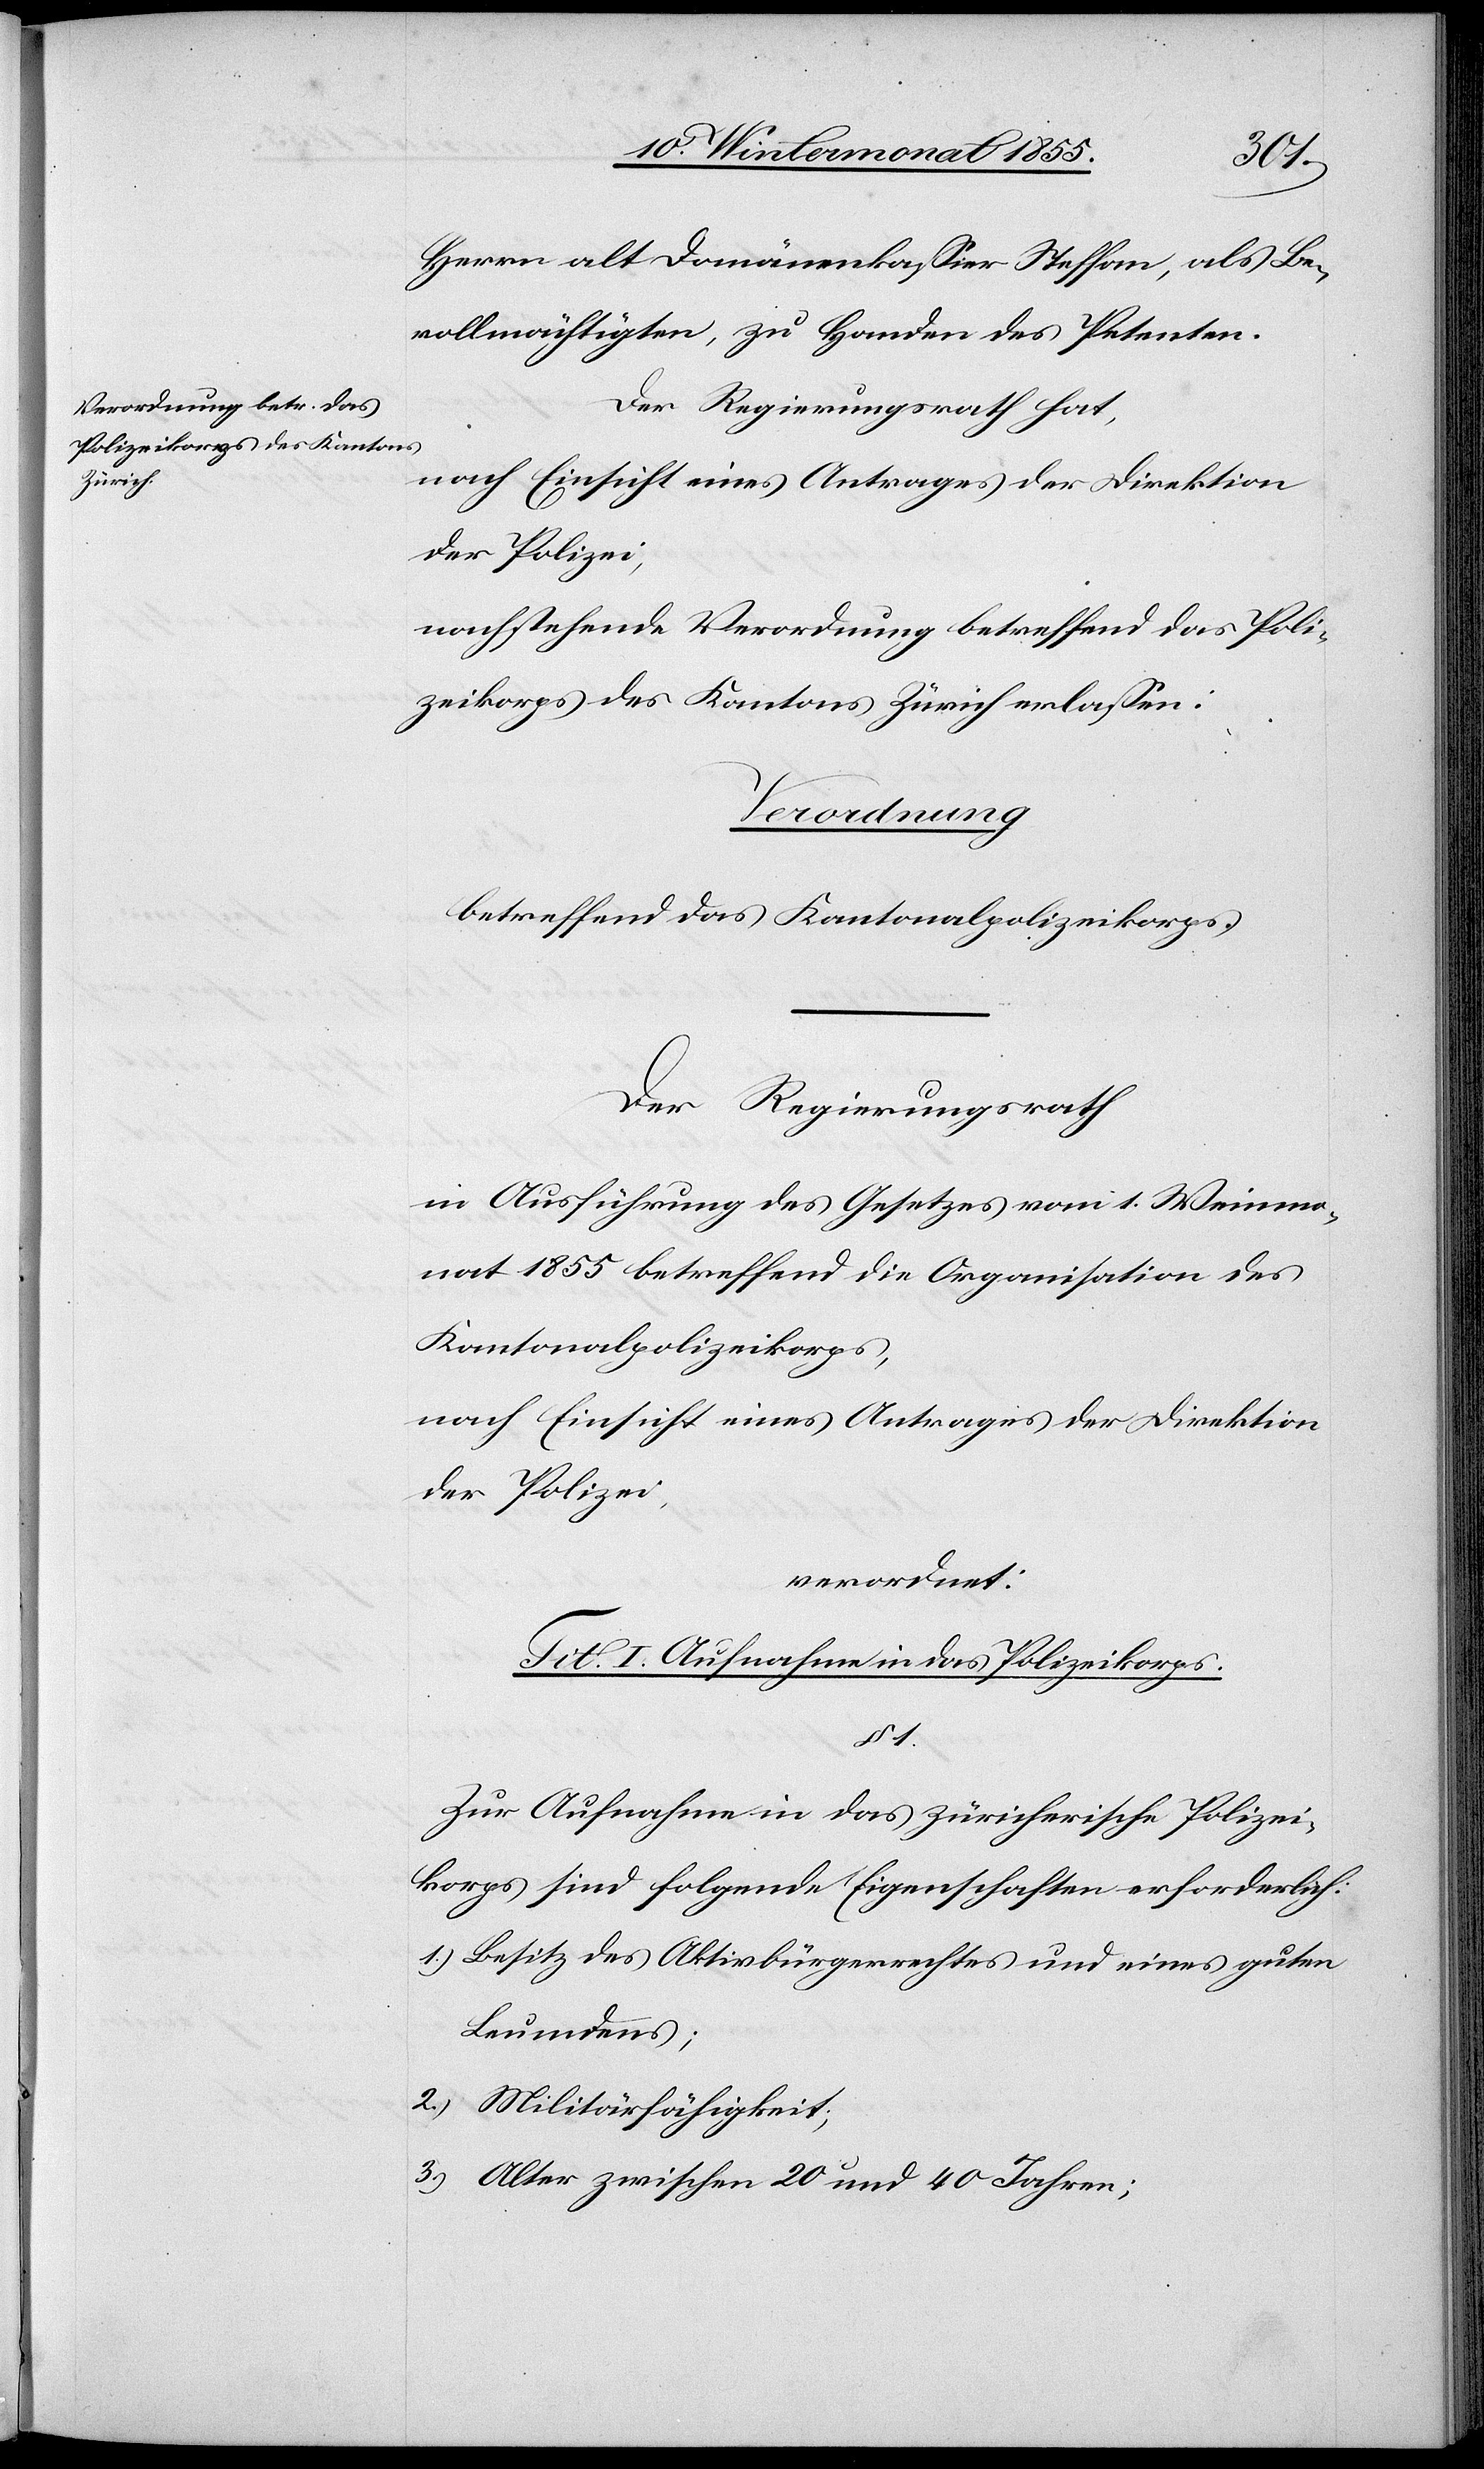
_____

Herrn alt Domänenkassier Steffan, als Be¬
vollmächtigten, zu Handen des Petenten.
Der Regierungsrath hat,
nach Einsicht eines Antrages der Direktion
der Polizei,
nachstehende Verordnung betreffend das Poli¬
zeikorps des Kantons Zürich erlassen:
Verordnung
betreffend das Kantonalpolizeikorps.
Der Regierungsrath
in Ausführung des Gesetzes vom 1. Weinmo¬
nat 1855 betreffend die Organisation des
Kantonalpolizeikorps,
nach Einsicht eines Antrages der Direktion
der Polizei,
verordnet:
Tit. I. Aufnahme in das Polizeikorps.
1.
Zur Aufnahme in das zürcherische Polizei¬
korps sind folgende Eigenschaften erforderlich:
1.) Besitz des Aktivbürgerrechtes und eines guten
Leumdens;
2.) Militärfähigkeit;
3.) Alter zwischen 20 und 40 Jahren;